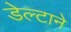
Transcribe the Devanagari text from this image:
डेल्टाने